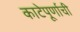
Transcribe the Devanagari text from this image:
काटेपूर्णाची